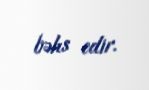
bəhs edir.